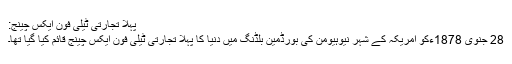
پہلا تجارتی ٹیلی فون ایکس چینج:
28 جنوی 1878ءکو امریکہ کے شہر نیوہیومن کی بورڈمین بلڈنگ میں دنیا کا پہلا تجارتی ٹیلی فون ایکس چینج قائم کیا گیا تھا۔